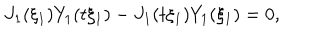
J _ { 1 } ( \xi _ { 1 } ) Y _ { 1 } ( t \xi _ { 1 } ) - J _ { 1 } ( t \xi _ { 1 } ) Y _ { 1 } ( \xi _ { 1 } ) = 0 ,